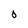
Character: 0